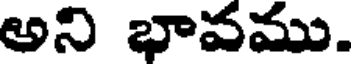
అని భావము.